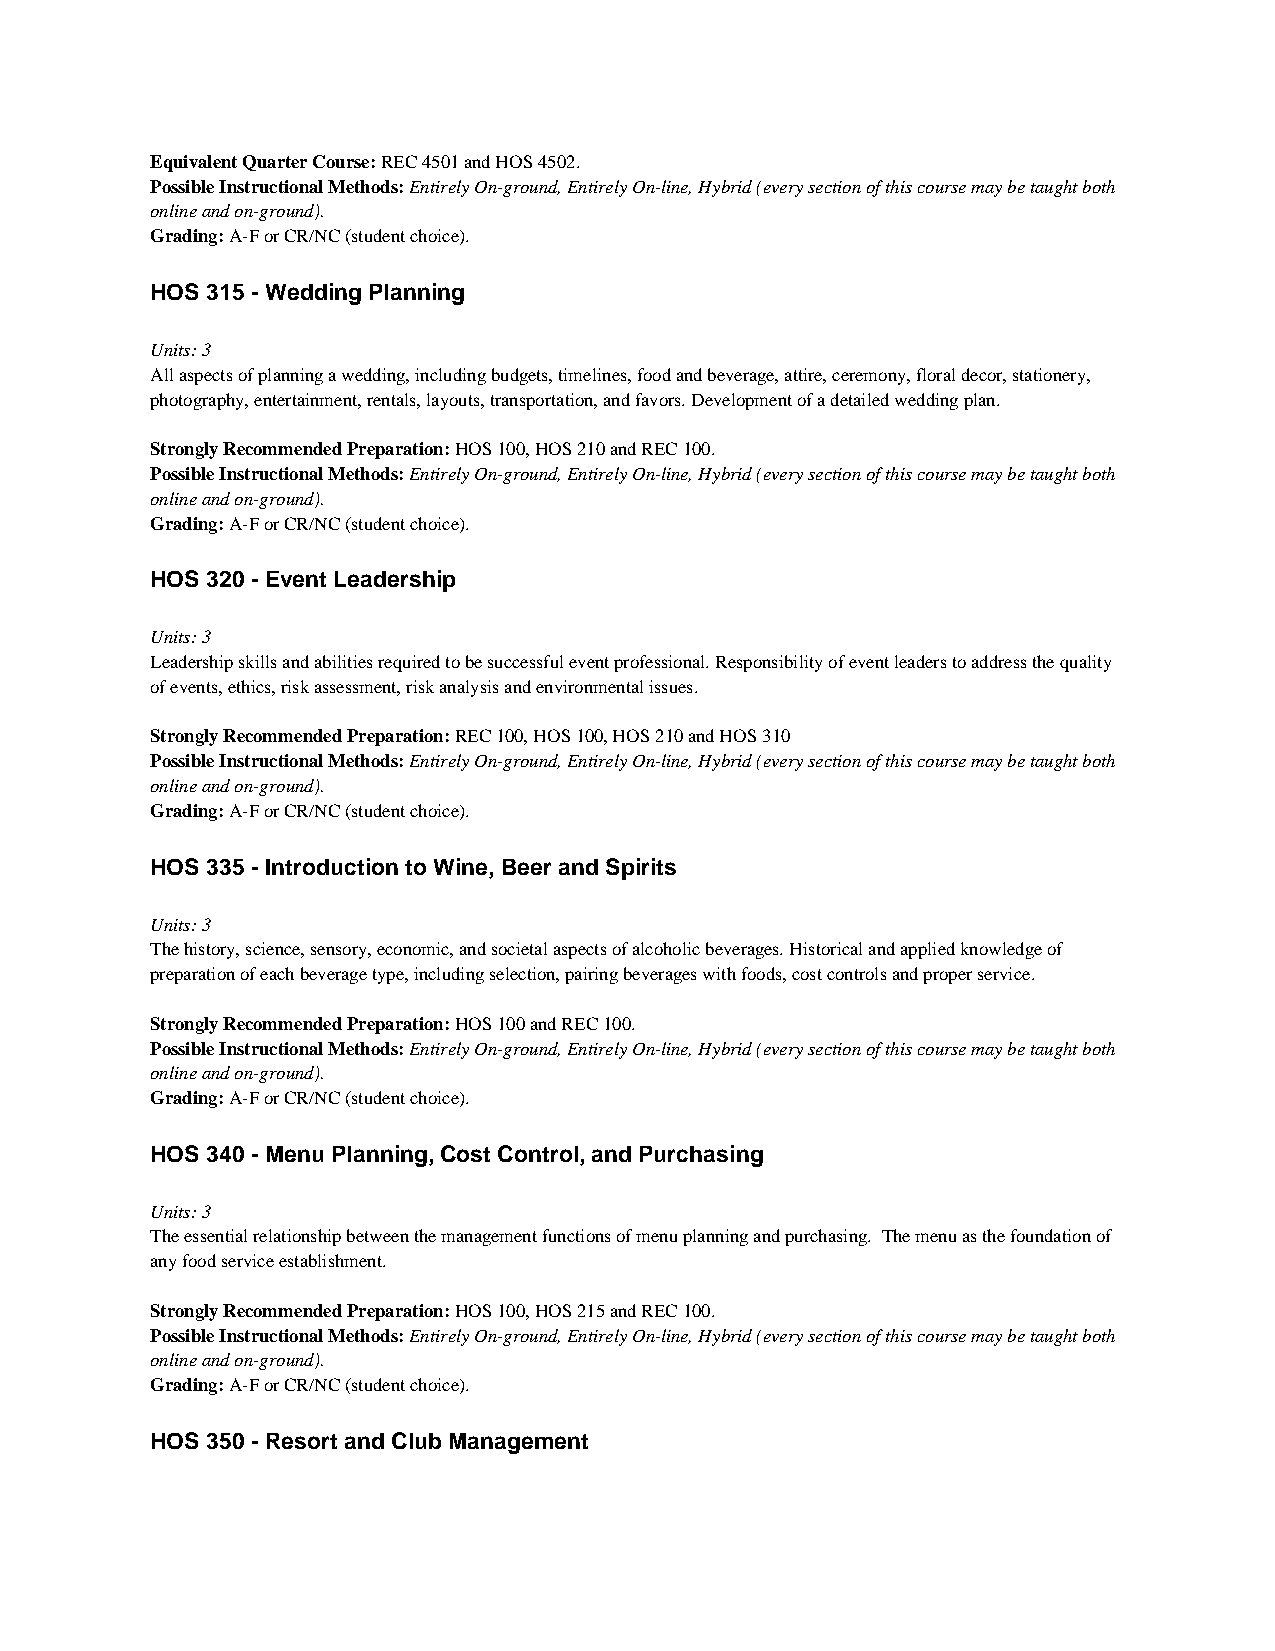
Equivalent Quarter Course: REC 4501 and HOS 4502.
 Possible Instructional Methods: Entirely On-ground, Entirely On-line, Hybrid (every section of this course may be taught both
 online and on-ground).
 Grading: A-F or CR/NC (student choice).
 HOS 315 - Wedding Planning
 Units: 3
 All aspects of planning a wedding, including budgets, timelines, food and beverage, attire, ceremony, floral decor, stationery,
 photography, entertainment, rentals, layouts, transportation, and favors. Development of a detailed wedding plan.
 Strongly Recommended Preparation: HOS 100, HOS 210 and REC 100.
 Possible Instructional Methods: Entirely On-ground, Entirely On-line, Hybrid (every section of this course may be taught both
 online and on-ground).
 Grading: A-F or CR/NC (student choice).
 HOS 320 - Event Leadership
 Units: 3
 Leadership skills and abilities required to be successful event professional. Responsibility of event leaders to address the quality
 of events, ethics, risk assessment, risk analysis and environmental issues.
 Strongly Recommended Preparation: REC 100, HOS 100, HOS 210 and HOS 310
 Possible Instructional Methods: Entirely On-ground, Entirely On-line, Hybrid (every section of this course may be taught both
 online and on-ground).
 Grading: A-F or CR/NC (student choice).
 HOS 335 - Introduction to Wine, Beer and Spirits
 Units: 3
 The history, science, sensory, economic, and societal aspects of alcoholic beverages. Historical and applied knowledge of
 preparation of each beverage type, including selection, pairing beverages with foods, cost controls and proper service.
 Strongly Recommended Preparation: HOS 100 and REC 100.
 Possible Instructional Methods: Entirely On-ground, Entirely On-line, Hybrid (every section of this course may be taught both
 online and on-ground).
 Grading: A-F or CR/NC (student choice).
 HOS 340 - Menu Planning, Cost Control, and Purchasing
 Units: 3
 The essential relationship between the management functions of menu planning and purchasing. The menu as the foundation of
 any food service establishment.
 Strongly Recommended Preparation: HOS 100, HOS 215 and REC 100.
 Possible Instructional Methods: Entirely On-ground, Entirely On-line, Hybrid (every section of this course may be taught both
 online and on-ground).
 Grading: A-F or CR/NC (student choice).
 HOS 350 - Resort and Club Management